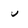
Character: u